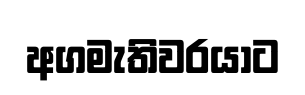
අගමැතිවරයාට